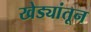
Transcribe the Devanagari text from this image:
खेड्यांतून